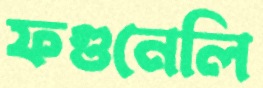
ফগুনেলি